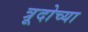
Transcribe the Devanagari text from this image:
त्रूदोच्या